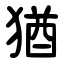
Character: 猶